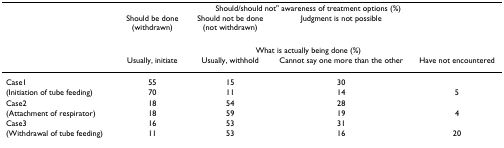
|  | <COLSPAN=4> Should/should not" awareness of treatment options (%) |
 |  | Should be done (withdrawn) | Should not be done (not withdrawn) | Judgment is not possible |  |
 |  | <COLSPAN=4> What is actually being done (%) |
 |  | Usually, initiate | Usually, withhold | Cannot say one more than the other | Have not encountered |
 | --- | --- | --- | --- | --- |
 | Case1 | 55 | 15 | 30 |  |
 | (Initiation of tube feeding) | 70 | 11 | 14 | 5 |
 | Case2 | 18 | 54 | 28 |  |
 | (Attachment of respirator) | 18 | 59 | 19 | 4 |
 | Case3 | 16 | 53 | 31 |  |
 | (Withdrawal of tube feeding) | 11 | 53 | 16 | 20 |